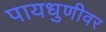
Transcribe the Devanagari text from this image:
पायधुणीवर